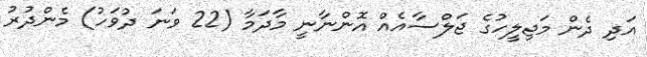
އަދި ދެން މަޖިލީހުގެ ޖަލްސާއެއް އޮންނާނީ މާދަމާ (22 ވަނަ ދުވަހު) މެންދުރު